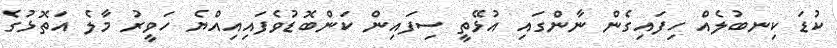
ކުޑަ ކިނބުލެއް ހިފައިގެން ނާންގައި އުޅޭތީ ސިފައިން ކަންބޮޑުވެފައިއިއްޔެ ހަވީރު މާލެ އަތޮޅުގެ